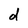
Character: d